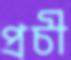
প্রচী